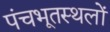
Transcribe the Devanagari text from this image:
पंचभूतस्थलों